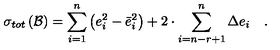
\sigma _ { t o t } \left( { \cal B } \right) = \sum _ { i = 1 } ^ { n } \left( e _ { i } ^ { 2 } - \bar { e } _ { i } ^ { 2 } \right) + 2 \cdot \sum _ { i = n - r + 1 } ^ { n } \Delta e _ { i } \quad .